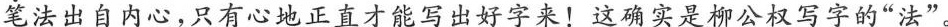
笔法出自内心，只有心地正直才能写出好字来！这确实是柳公权写字的”法”。